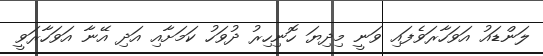
ލަންޑައު އަވަހާރަވެފައި ވަނީ މިދިޔަ ހޮނިހިރުު ދުވަހު ކަމަށާއި އަދި އޭނާ އަވަހާރަވީ